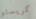
كريستو